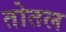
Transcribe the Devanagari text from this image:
तोतल